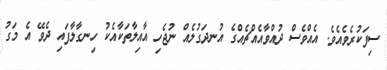
ސިފަކުރެވެއެވެ. އެއްވެސް ދުއްވާއެއްޗެއްގެ އުނދަގުލެއް ނުޖެހި އާއިލާތަކާއެކު ހިނގާލާފައި ދެވޭ އެ މަގު